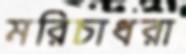
মরিচাধরা